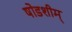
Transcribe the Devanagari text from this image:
षोडशीम्